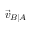
{ \vec { v } } _ { B \mid A }